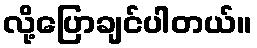
လို့ပြောချင်ပါတယ်။